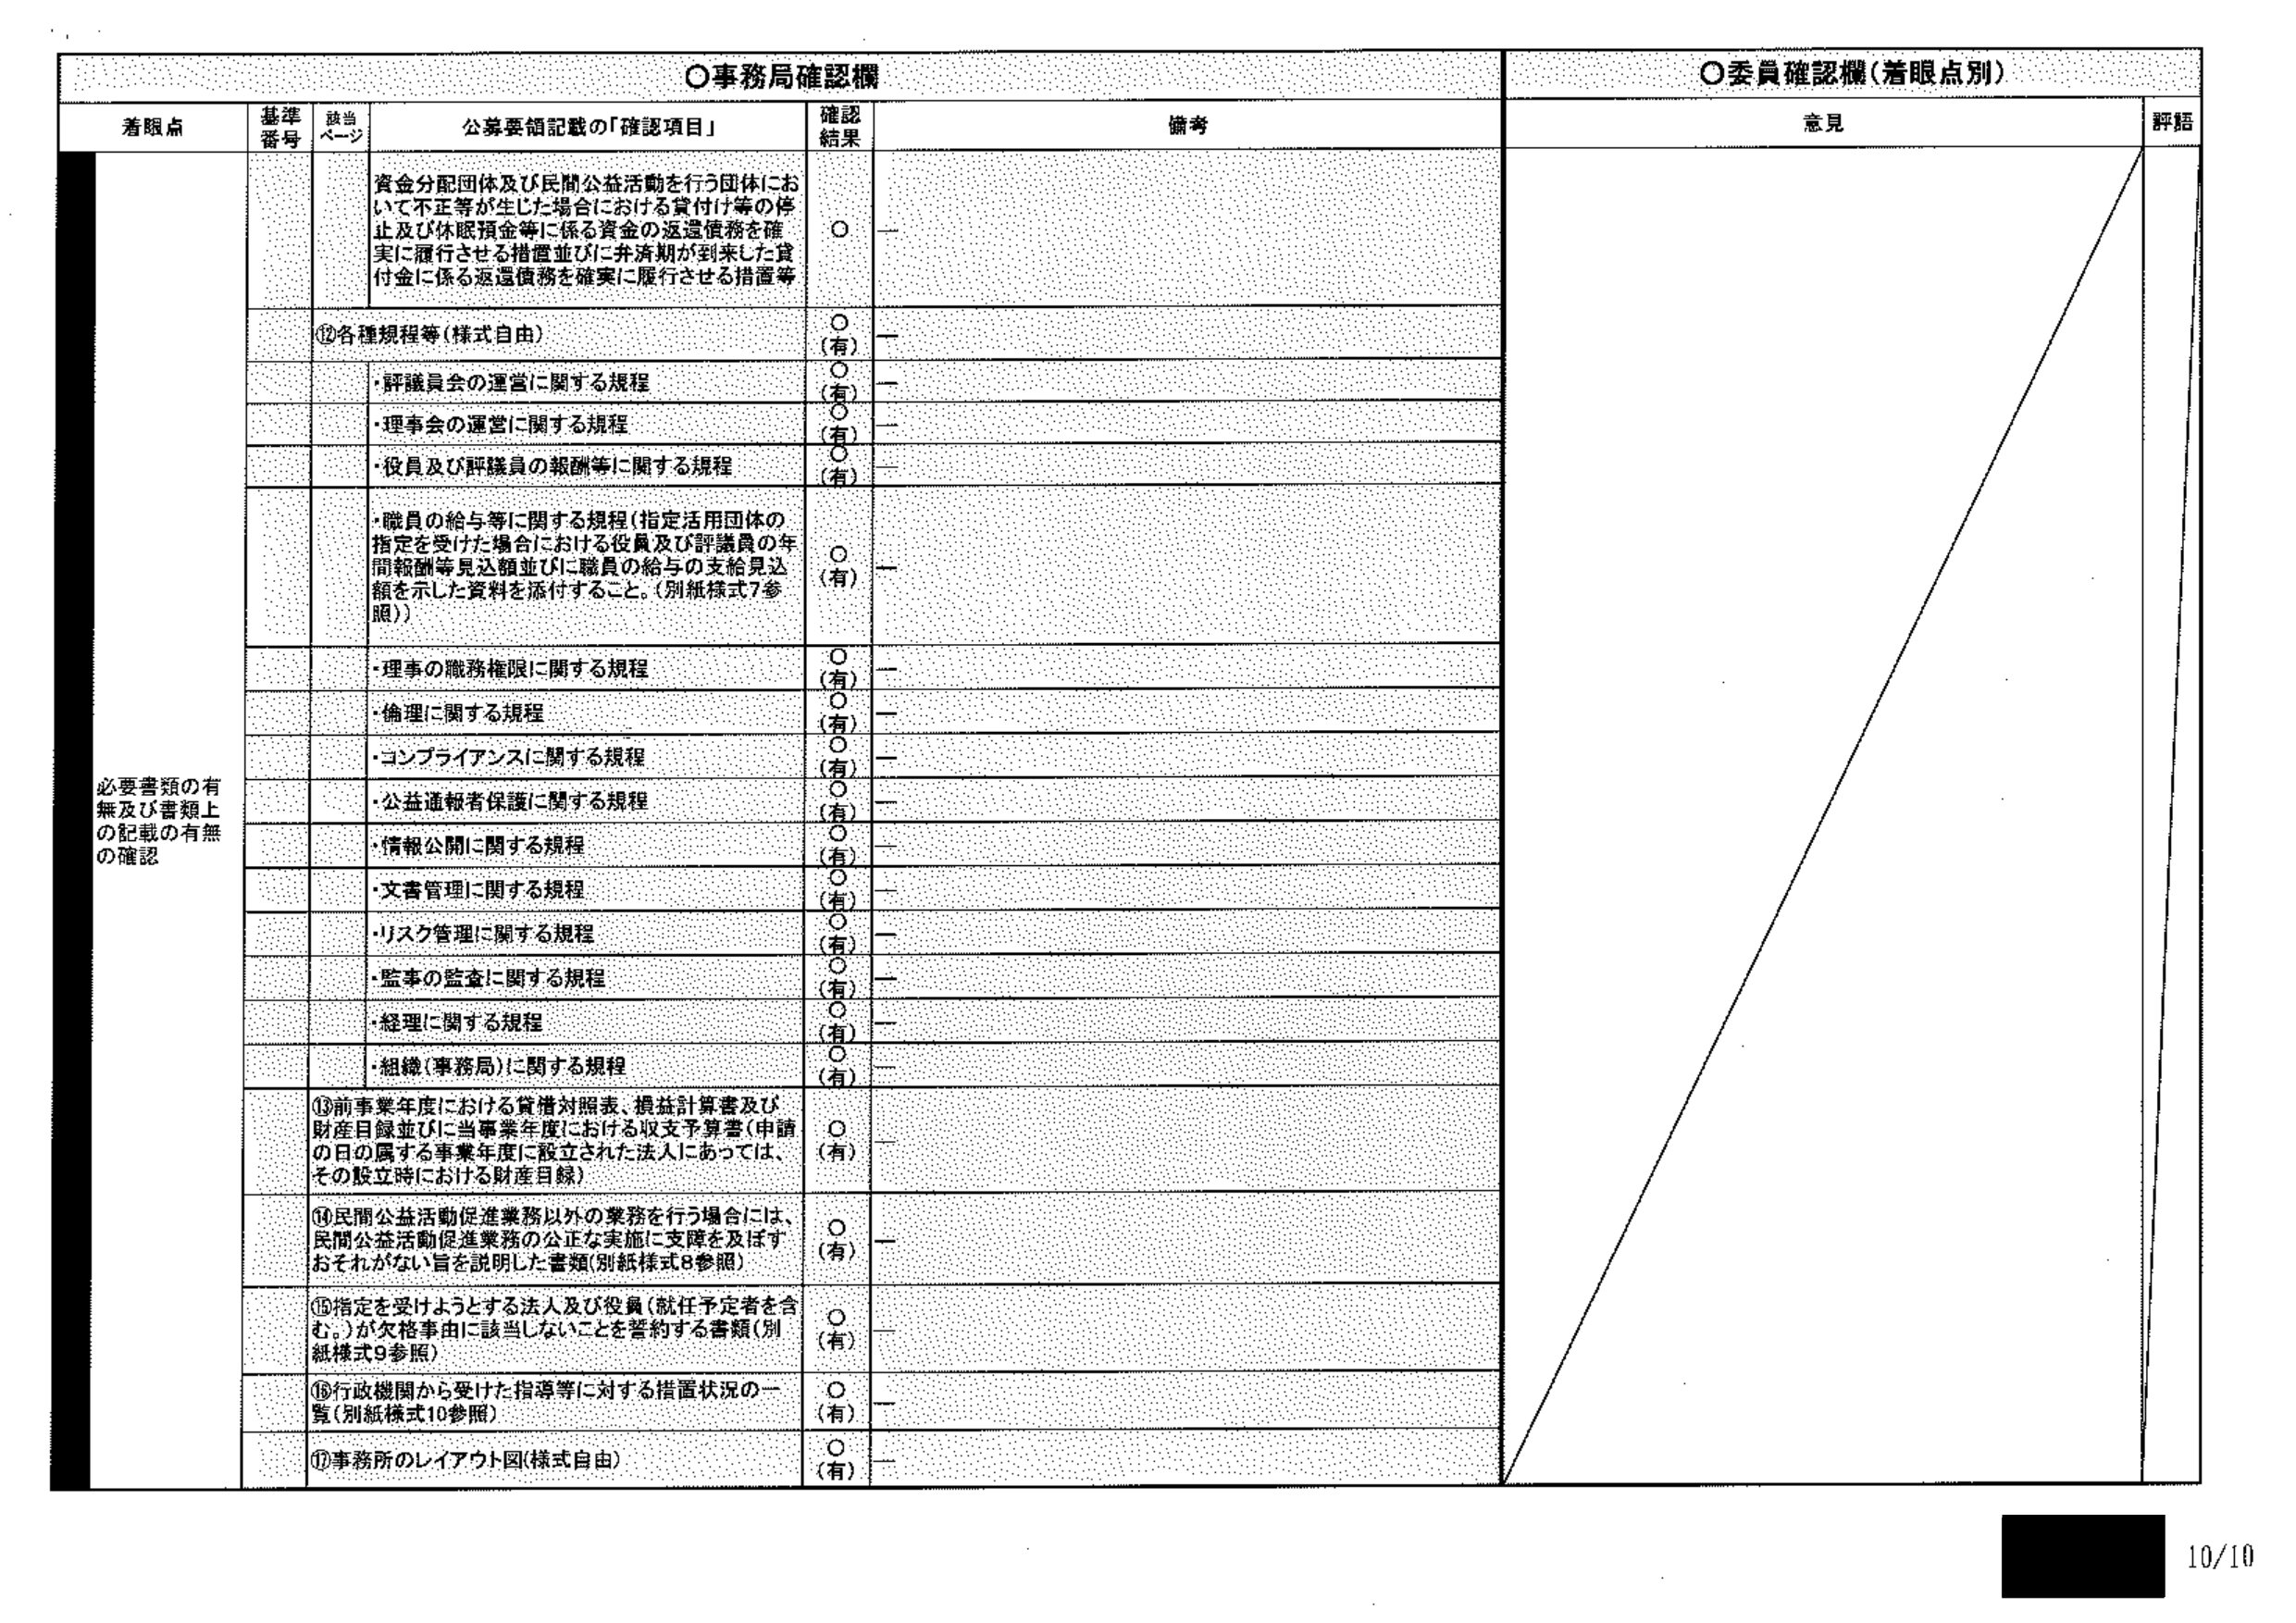
〇事務局確認欄
〇委員確認欄（着眼点別）

着眼点　　基準番号　　該当ページ　　公募要領記載の「確認項目」　　確認結果　　備考